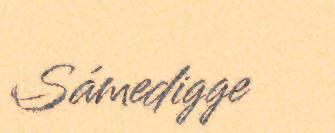
Sámedigge